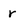
Character: r